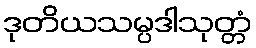
ဒုတိယသမ္ပဒါသုတ္တံ